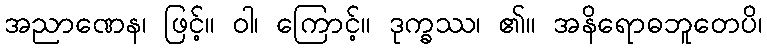
အညာဏေန၊ ဖြင့်။ ဝါ၊ ကြောင့်။ ဒုက္ခဿ၊ ၏။ အနိရောဓဘူတေပိ၊